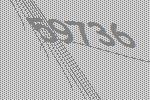
59736